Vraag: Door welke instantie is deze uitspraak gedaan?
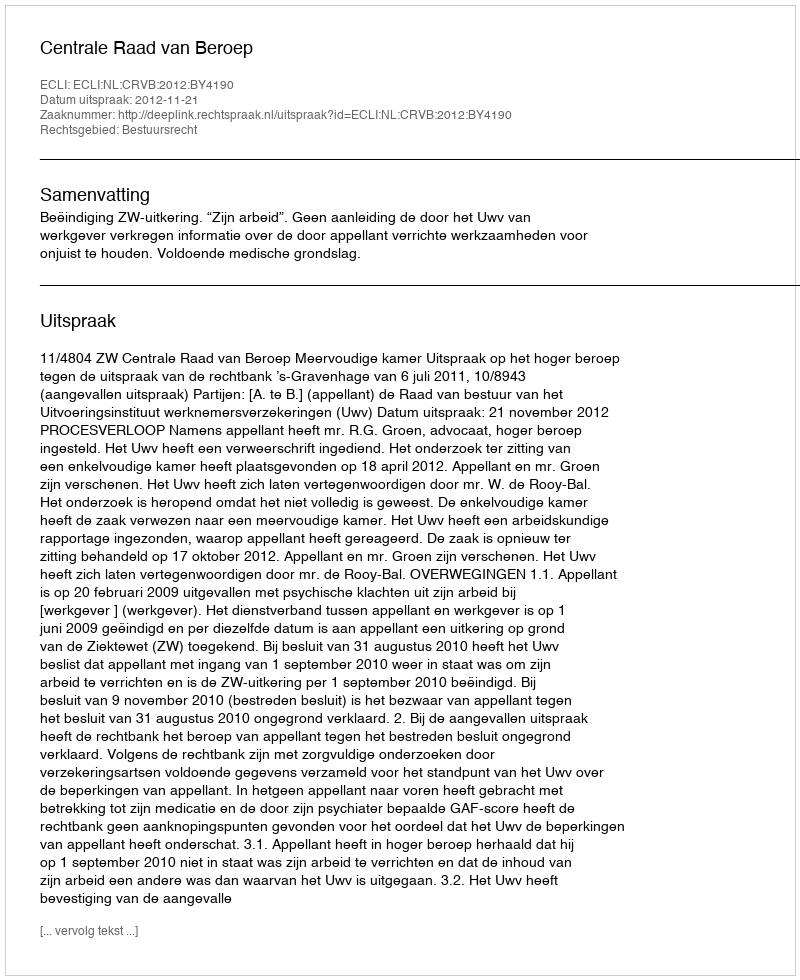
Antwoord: Centrale Raad van Beroep